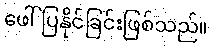
ဖေါ်ပြနိုင်ခြင်းဖြစ်သည်။